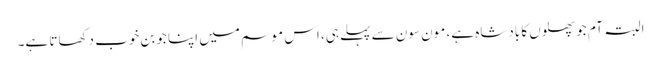
البتہ آم جو پھلوں کا بادشاہ ہے، مون سون سے پہلے ہی، اس موسم میں اپنا جوبن خوب دکھاتا ہے۔